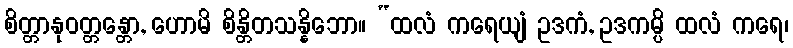
စိတ္တာနုဝတ္တန္တော, ဟောမိ စိန္တိတသန္နိဘော။ “ထလံ ကရေယျံ ဥဒကံ, ဥဒကမ္ပိ ထလံ ကရေ၊